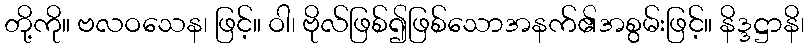
တို့ကို။ ဗလဝသေန၊ ဖြင့်။ ဝါ၊ ဗိုလ်ဖြစ်၍ဖြစ်သောအနက်၏အစွမ်းဖြင့်။ နိဒ္ဒဋ္ဌာနိ၊